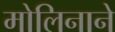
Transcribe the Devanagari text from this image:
मोलिनाने